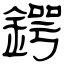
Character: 鍔